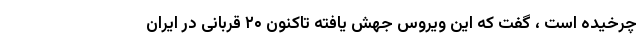
چرخیده است ، گفت که این ویروس جهش یافته تاکنون ۲۰ قربانی در ایران